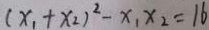
( x _ { 1 } + x _ { 2 } ) ^ { 2 } - x _ { 1 } x _ { 2 } = 1 6